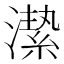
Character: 𱩈